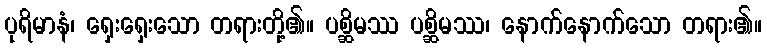
ပုရိမာနံ၊ ရှေးရှေးသော တရားတို့၏။ ပစ္ဆိမဿ ပစ္ဆိမဿ၊ နောက်နောက်သော တရား၏။